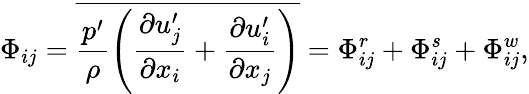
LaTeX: \Phi_{ij}=\overline{{\frac{p^{\prime}}{\rho}\left(\frac{\partial u_{j}^{\prime}}{\partial x_{i}}+\frac{\partial u_{i}^{\prime}}{\partial x_{j}}\right)}}=\Phi_{ij}^{r}+\Phi_{ij}^{s}+\Phi_{ij}^{w},